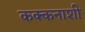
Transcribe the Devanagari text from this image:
कक्कनाशी